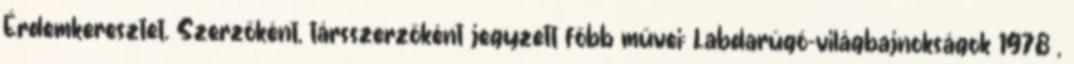
Érdemkeresztet. Szerzőként, társszerzőként jegyzett főbb művei: Labdarúgó-világbajnokságok 1978 ,